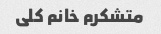
متشکرم خانم کلی